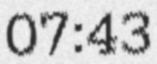
07:43